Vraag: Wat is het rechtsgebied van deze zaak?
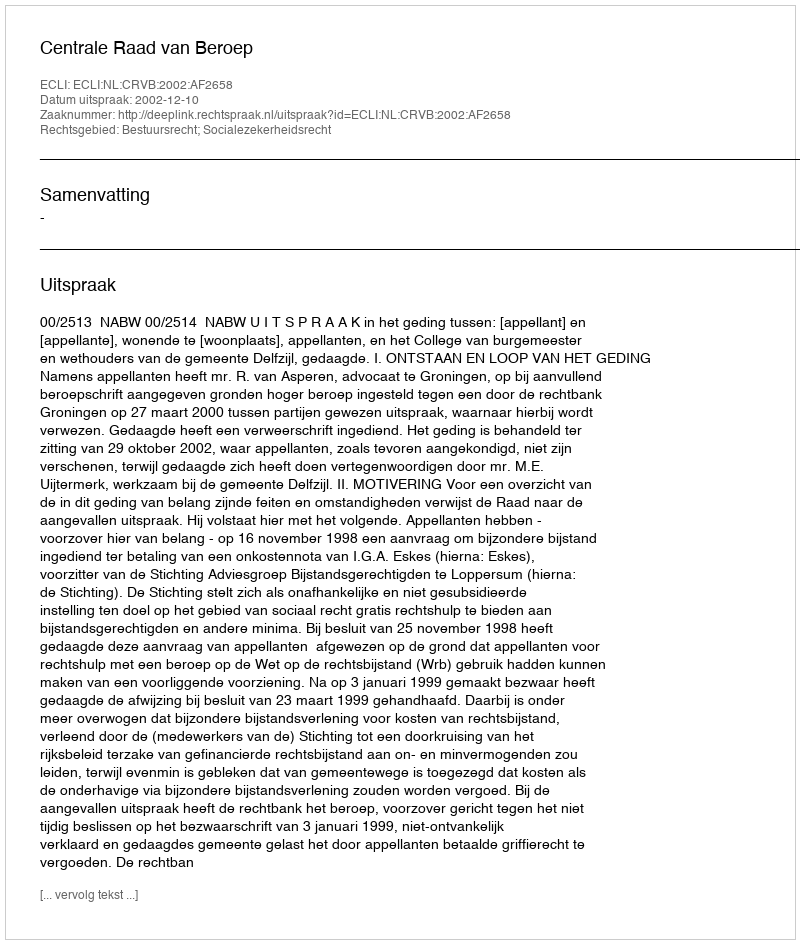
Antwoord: Bestuursrecht; Socialezekerheidsrecht